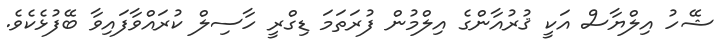
ޝޭހު އިލްޔާސް އަކީ ޤުރުއާންގެ އިލްމުން ފުރަތަމަ ޑިގްރީ ހާސިލް ކުރައްވާފައިވާ ބޭފުޅެކެވެ.